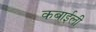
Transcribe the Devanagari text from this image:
कबाईली